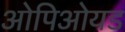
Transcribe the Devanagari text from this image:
ओपिओयड